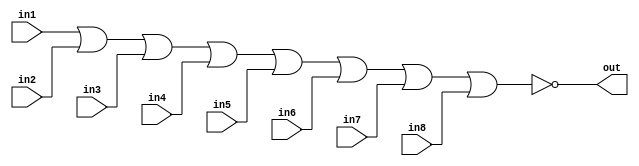
//E/16/078
//NOR  gate with 8 bit input ports
//to get ZERO signal from 8 bits in alu result

module nor_8bit (in1,in2,in3,in4,in5,in6,in7,in8,out);

	//port declaration
	
	//inputs
	input in1;
	input in2;
	input in3;
	input in4;
	input in5;
	input in6;
	input in7;
	input in8;
	
	//output
	output out;
	
	//changing parameters inside module
	reg out;
	
	//block to get the output of 8 bit input nor gate
	//sensitivity list : in1,in2,in3,in4,in5,in6,in7,in8
	always @ (in1,in2,in3,in4,in5,in6,in7,in8)
	begin
		out = ~(in1|in2|in3|in4|in5|in6|in7|in8);
	end

endmodule